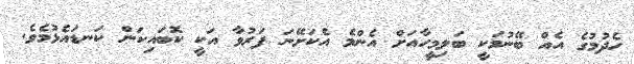
ހެދުމުގެ އެއް ބޭނުމަކީ ބަލިމީހާއަށް އެންމެ އެކަށޭނަ ފަރުވާ އަކީ ކޮބައިކަން ކަނޑައެޅުމެވެ.